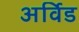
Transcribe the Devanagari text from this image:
अर्विड